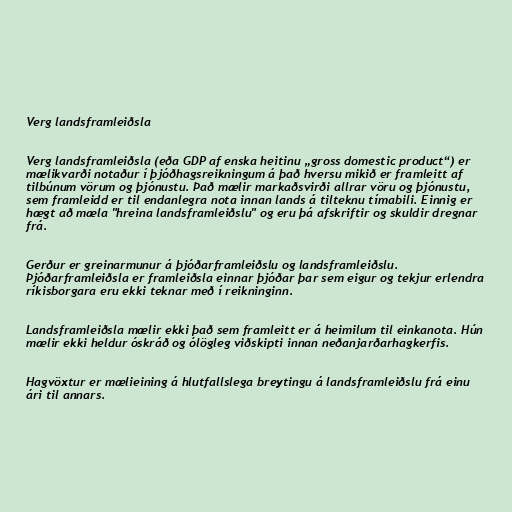
Verg landsframleiðsla

Verg landsframleiðsla (eða GDP af enska heitinu „gross domestic product“) er
mælikvarði notaður í þjóðhagsreikningum á það hversu mikið er framleitt af
tilbúnum vörum og þjónustu. Það mælir markaðsvirði allrar vöru og þjónustu,
sem framleidd er til endanlegra nota innan lands á tilteknu tímabili. Einnig er
hægt að mæla "hreina landsframleiðslu" og eru þá afskriftir og skuldir dregnar
frá.

Gerður er greinarmunur á þjóðarframleiðslu og landsframleiðslu.
Þjóðarframleiðsla er framleiðsla einnar þjóðar þar sem eigur og tekjur erlendra
ríkisborgara eru ekki teknar með í reikninginn.

Landsframleiðsla mælir ekki það sem framleitt er á heimilum til einkanota. Hún
mælir ekki heldur óskráð og ólögleg viðskipti innan neðanjarðarhagkerfis.

Hagvöxtur er mælieining á hlutfallslega breytingu á landsframleiðslu frá einu
ári til annars.